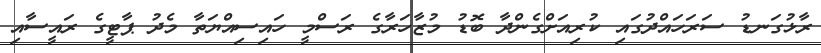
ރާޅުގަނޑު ސަރަހައްދުގައި ކުރިއަށްގެންދާ ބޮޑު މުޒާހަރާގެ ރަސްމީ ހައިސިއްޔަތާ މެދު ޕާޓީގެ ރައީސާއި